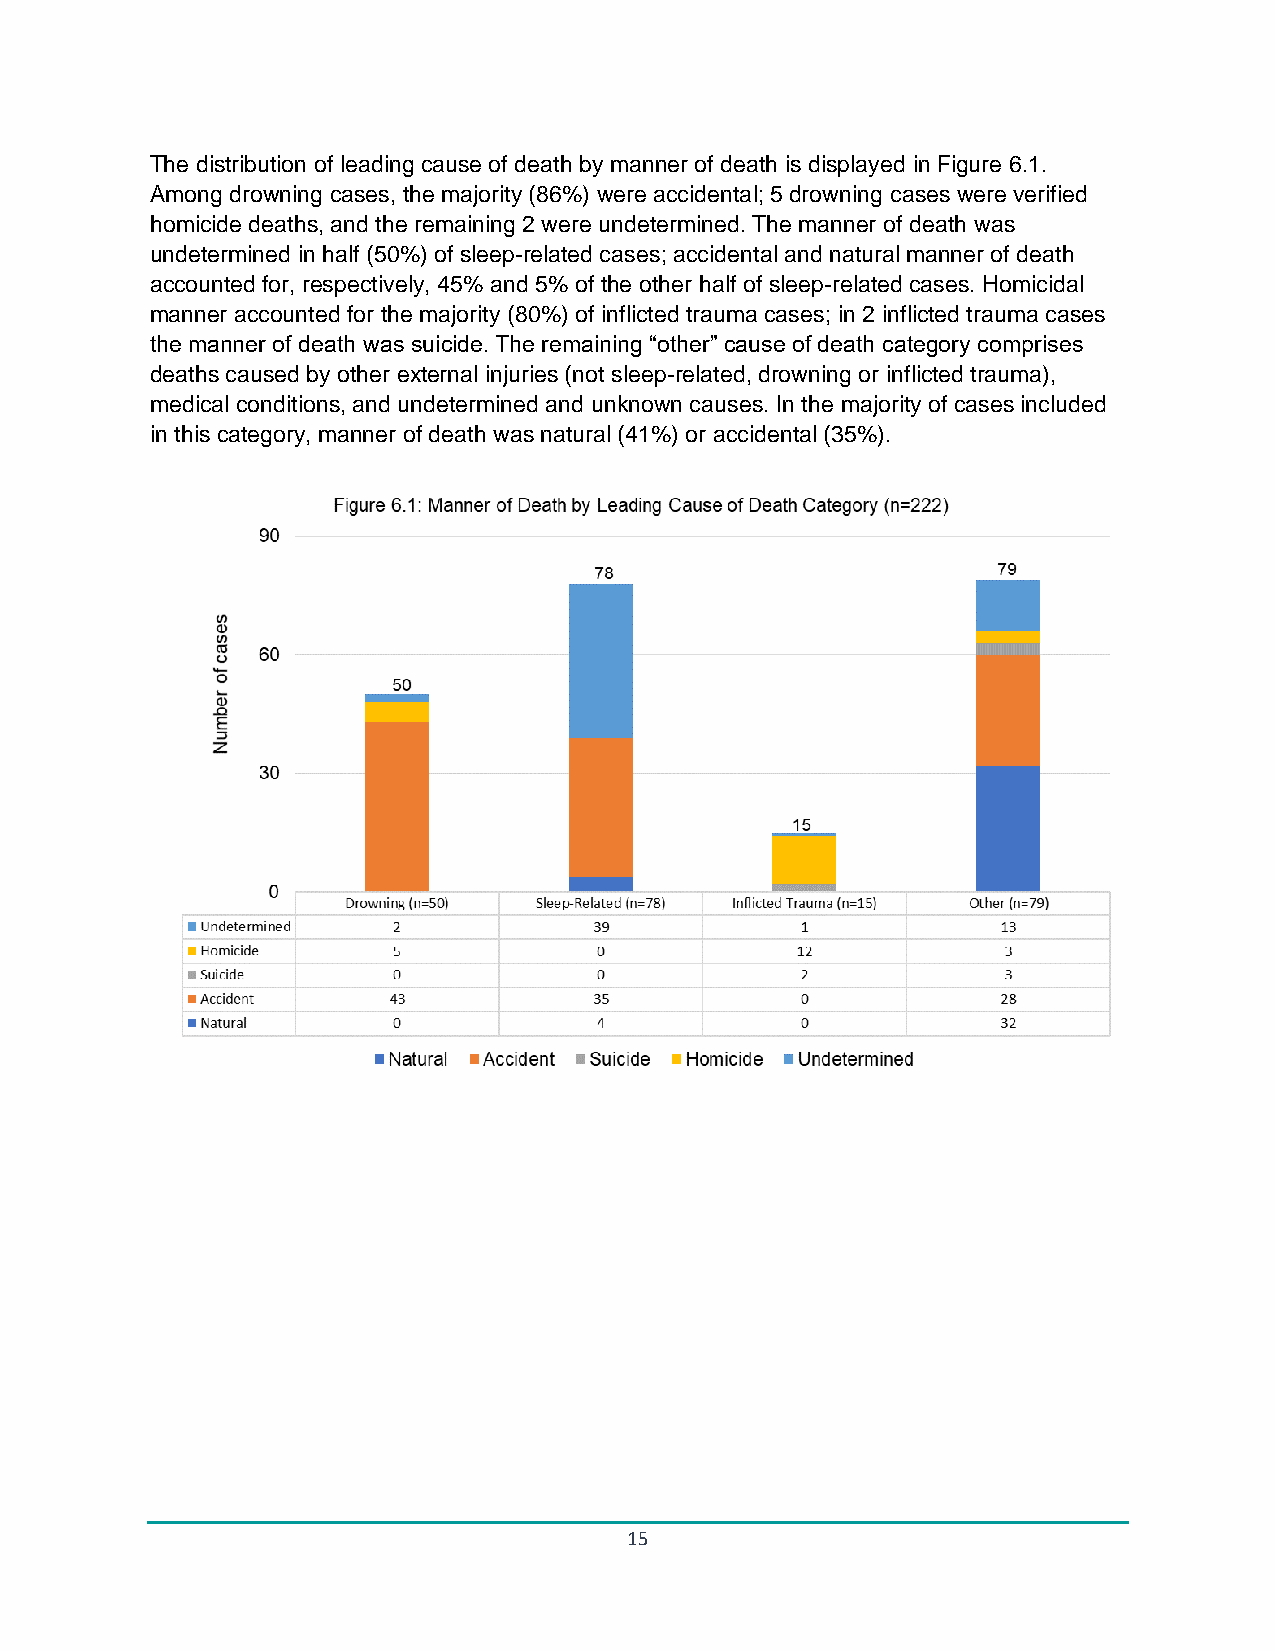
The distribution of leading cause of death by manner of death is displayed in Figure 6.1.
 Among drowning cases, the majority (86%) were accidental; 5 drowning cases were verified
 homicide deaths, and the remaining 2 were undetermined. The manner of death was
 undetermined in half (50%) of sleep-related cases; accidental and natural manner of death
 accounted for, respectively, 45% and 5% of the other half of sleep-related cases. Homicidal
 manner accounted for the majority (80%) of inflicted trauma cases; in 2 inflicted trauma cases
 the manner of death was suicide. The remaining “other” cause of death category comprises
 deaths caused by other external injuries (not sleep-related, drowning or inflicted trauma),
 medical conditions, and undetermined and unknown causes. In the majority of cases included
 in this category, manner of death was natural (41%) or accidental (35%).
 15